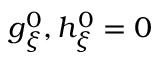
g _ { \xi } ^ { 0 } , h _ { \xi } ^ { 0 } = 0